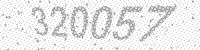
Solution: 320057